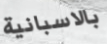
بالاسبانية